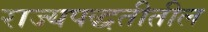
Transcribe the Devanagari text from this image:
राज्यपद्धतीतील